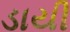
ડાયી